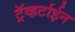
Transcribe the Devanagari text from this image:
ट्रॅव्हर्टाईन